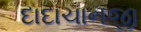
દાદાચાનજી